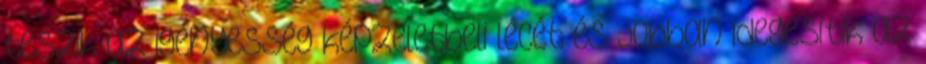
teszik az igényesség képzeletbeli lécét és jobban idegesítik az